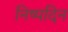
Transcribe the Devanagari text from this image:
निष्पदिन